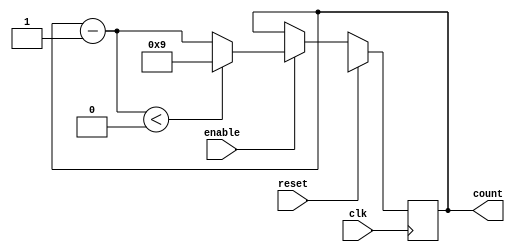
module BCD_Down_Counter_with_Enable (
    input wire clk,
    input wire reset,
    input wire enable,
    output reg [3:0] count
);

reg [3:0] initial_value;
reg [3:0] next_value;

always @ (posedge clk) begin
    if (reset) begin
        count <= initial_value;
    end else if (enable) begin
        count <= next_value;
    end
end

always @ (*) begin
    next_value = count - 1;
    if (next_value < 0) begin
        next_value = 9;
    end
end

endmodule